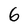
Character: 6